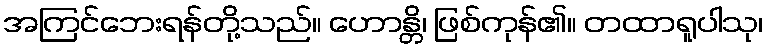
အကြင်ဘေးရန်တို့သည်။ ဟောန္တိ၊ ဖြစ်ကုန်၏။ တထာရူပါသု၊